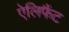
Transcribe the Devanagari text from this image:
ऐलिफैंट